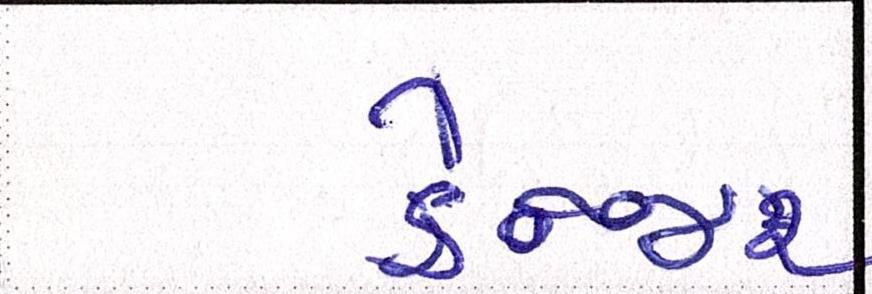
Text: ડેન્જર